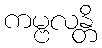
ကမ္ဗလန္တိ